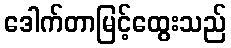
ဒေါက်တာမြင့်ထွေးသည်